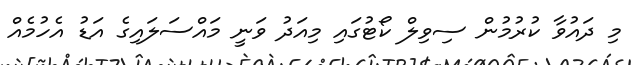
މި ދައުވާ ކުރުމުން ސިވިލް ކޯޓުގައި މިއަދު ވަނީ މައްސަލައިގެ އަޑު އެހުމެއް